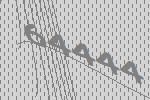
64444